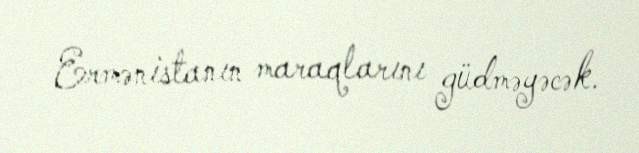
Ermənistanın maraqlarını güdməyəcək.